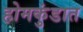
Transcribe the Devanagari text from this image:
होमकुंडात